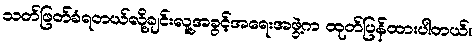
သတ်ဖြတ်ခံရတယ်လို့ချင်းလူ့အခွင့်အရေးအဖွဲ့က ထုတ်ပြန်ထားပါတယ်။